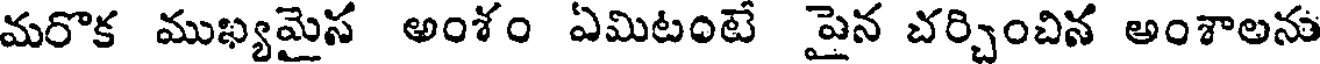
మరొక ముఖ్యమైస అంశం ఏమిటంటే పైన చర్చించిన అంశాలను